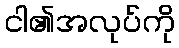
ငါ၏အလုပ်ကို